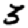
Digit: 3